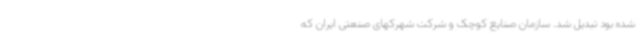
شده بود تبدیل شد. سازمان صنایع کوچک و شرکت شهرکهای صنعتی ایران که